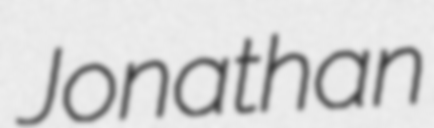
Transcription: Jonathan